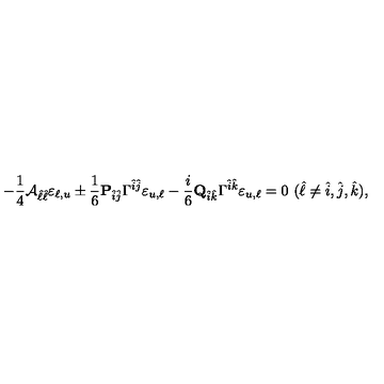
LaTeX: - { \frac { 1 } { 4 } } { \cal A } _ { \hat { \ell } \hat { \ell } } \varepsilon _ { \ell , u } \pm { \frac { 1 } { 6 } } { \bf P } _ { \hat { i } \hat { j } } \Gamma ^ { \hat { i } \hat { j } } \varepsilon _ { u , \ell } - { \frac { i } { 6 } } { \bf Q } _ { \hat { i } \hat { k } } \Gamma ^ { \hat { i } \hat { k } } \varepsilon _ { u , \ell } = 0 \ ( \hat { \ell } \neq \hat { i } , \hat { j } , \hat { k } ) ,